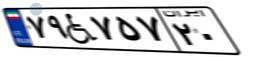
۷۹W۷۵۷۲۰